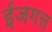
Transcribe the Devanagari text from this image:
ईजगत्त